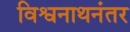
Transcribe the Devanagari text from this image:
विश्वनाथनंतर